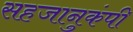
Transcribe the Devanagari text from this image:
सहजानुकंपी